Lunatic asylums Central Provinces reports 1910-1926 - 1910-1926
Year: 1910
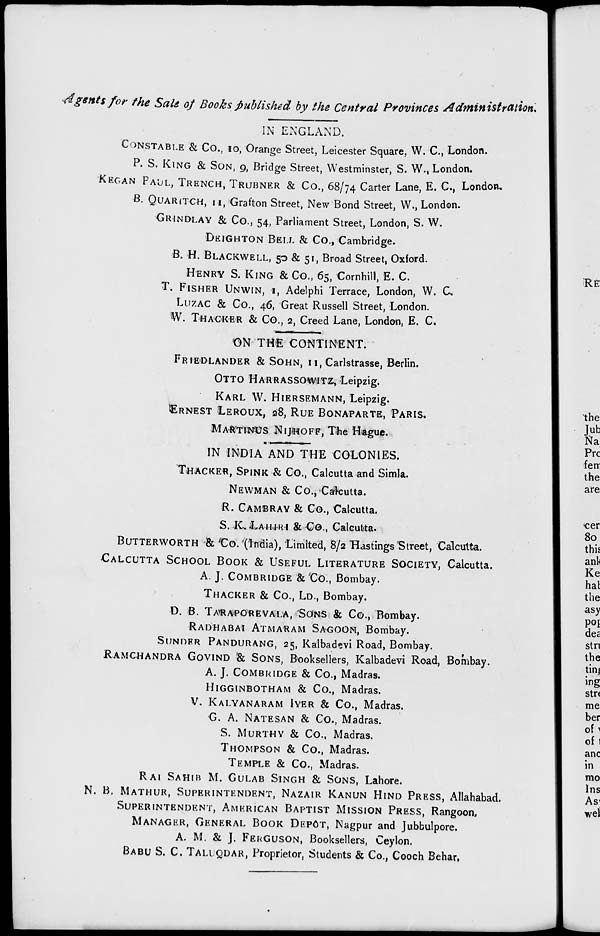
Agents for the Sale of Books published by the Central Provinces
Administration.
IN ENGLAND.
CONSTABLE & Co., 10, Orange Street, Leicester Square, W. C., London.
P. S. KING & SON, 9, Bridge Street, Westminster, S. W., London.
KEGAN PAUL, TRENCH, TRUBNER & Co., 68/74 Carter Lane, E. C., London.
B. QUARITCH, 11, Grafton Street, New Bond Street, W., London.
GRANDLAY & Co., 54, Parliament Street, London, S. W.
DEIGHTON BELL & Co., Cambridge.
B. H. BLACKWELL, 50 & 51, Broad Street, Oxford.
HENRY S. KING & Co., 65, Cornhill, E. C.
T. FISHER UNWIN, 1, Adelphi Terrace, London, W. C.
LUZAC & Co., 46, Great Russell Street, London.
W. THACKER & Co., 2, Creed Lane, London, E. C.
ON THE CONTINENT.
FRIEDLANDER & SOHN, 11, Caristrasse, Berlin.
OTTO HARRASSOWITZ, Leipzig.
KARL W. HIERSEMANN, Leipzig.
ERNEST LEROUX, 28, RUE BONAPARTE, PARIS.
MARTINUS NIJHOFF, The Hague.
IN INDIA AND THE COLONIES.
THACKER, SPINK & Co., Calcutta and Simla.
NEWMAN & Co., Calcutta.
R. CAMBRAY & Co., Calcutta.
S. K.LAHIRI & CO., Calcutta.
BUTTERWORTH & Co. (India), Limited, 8/2 Hastings Street, Calcutta.
CALCUTTA SCHOOL BOOK & USEFUL LITERATURE SOCIETY, Calcutta.
A. J. COMBRIDGE & Co., Bombay.
THACKER & Co., LD., Bombay.
D. B. TARAPOREVALA, SONS & Co., Bombay.
RADHABAI ATMARAM SAGOON, Bombay.
SUNDER PANDURANG, 25, Kalbadevi Road, Bombay.
RAMCHANDRA GOVIND & SONS, Booksellers, Kalbadevi Road, Bombay.
A. J. COMBRIDGE & Co., Madras.
HIGGINBOTHAM & Co., Madras.
V. KALYANARAM IYER & Co., Madras.
G. A. NATESON & Co., Madras.
S. MURTHY & Co., Madras.
THOMPSON & Co., Madras.
TEMPLE & Co., Madras.
RAI SAHIB M. GULAB SINGH & SONS, Lahore.
N. B. MATHUR, SUPERINTENDENT, NAZAIR KANUN HIND PRESS, Allahabad.
SUPERINTENDENT, AMERICAN BAPTIST MISSION PRESS, Rangoon.
MANAGER, GENERAL BOOK DEPÔT, Nagpur and Jubbulpore.
A. M. & J. FERGUSON, Booksellers, Ceylon.
BABU S. C. TALUQDAR, Proprietor, Students & Co., Cooch Behar,